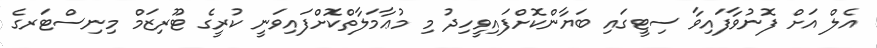
އެލް އަށް ފޮނުވާފައިވާ ސިޓީގައި ބަޔާންކޮށްފައިވީހިދު މި މުޢާމަލާތްކޮށްފައިވަނީ ކުރީގެ ޓޫރިޒަމް މިނިސްޓަރގެ